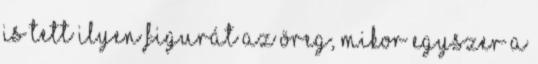
is tett ilyen figurát az öreg, mikor egyszer a